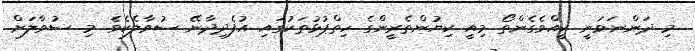
މި ދަންނަވަނީ ކީއްވެގެންތޯ މިއީ ކިޔުންތެރީންގެ ހިތްޕުޅުތަކުގައި އުފެދިދާނޭ ސުވާލެކެވެ. މި ސުވާލަށް